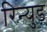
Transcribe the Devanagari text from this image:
रिन्युड़